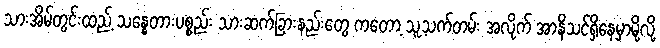
သားအိမ်တွင်းထည့် သန္ဓေတားပစ္စည်း သားဆက်ခြားနည်းတွေ ကတော့ သူ့သက်တမ်း အလိုက် အာနိသင်ရှိနေမှာမို့လို့